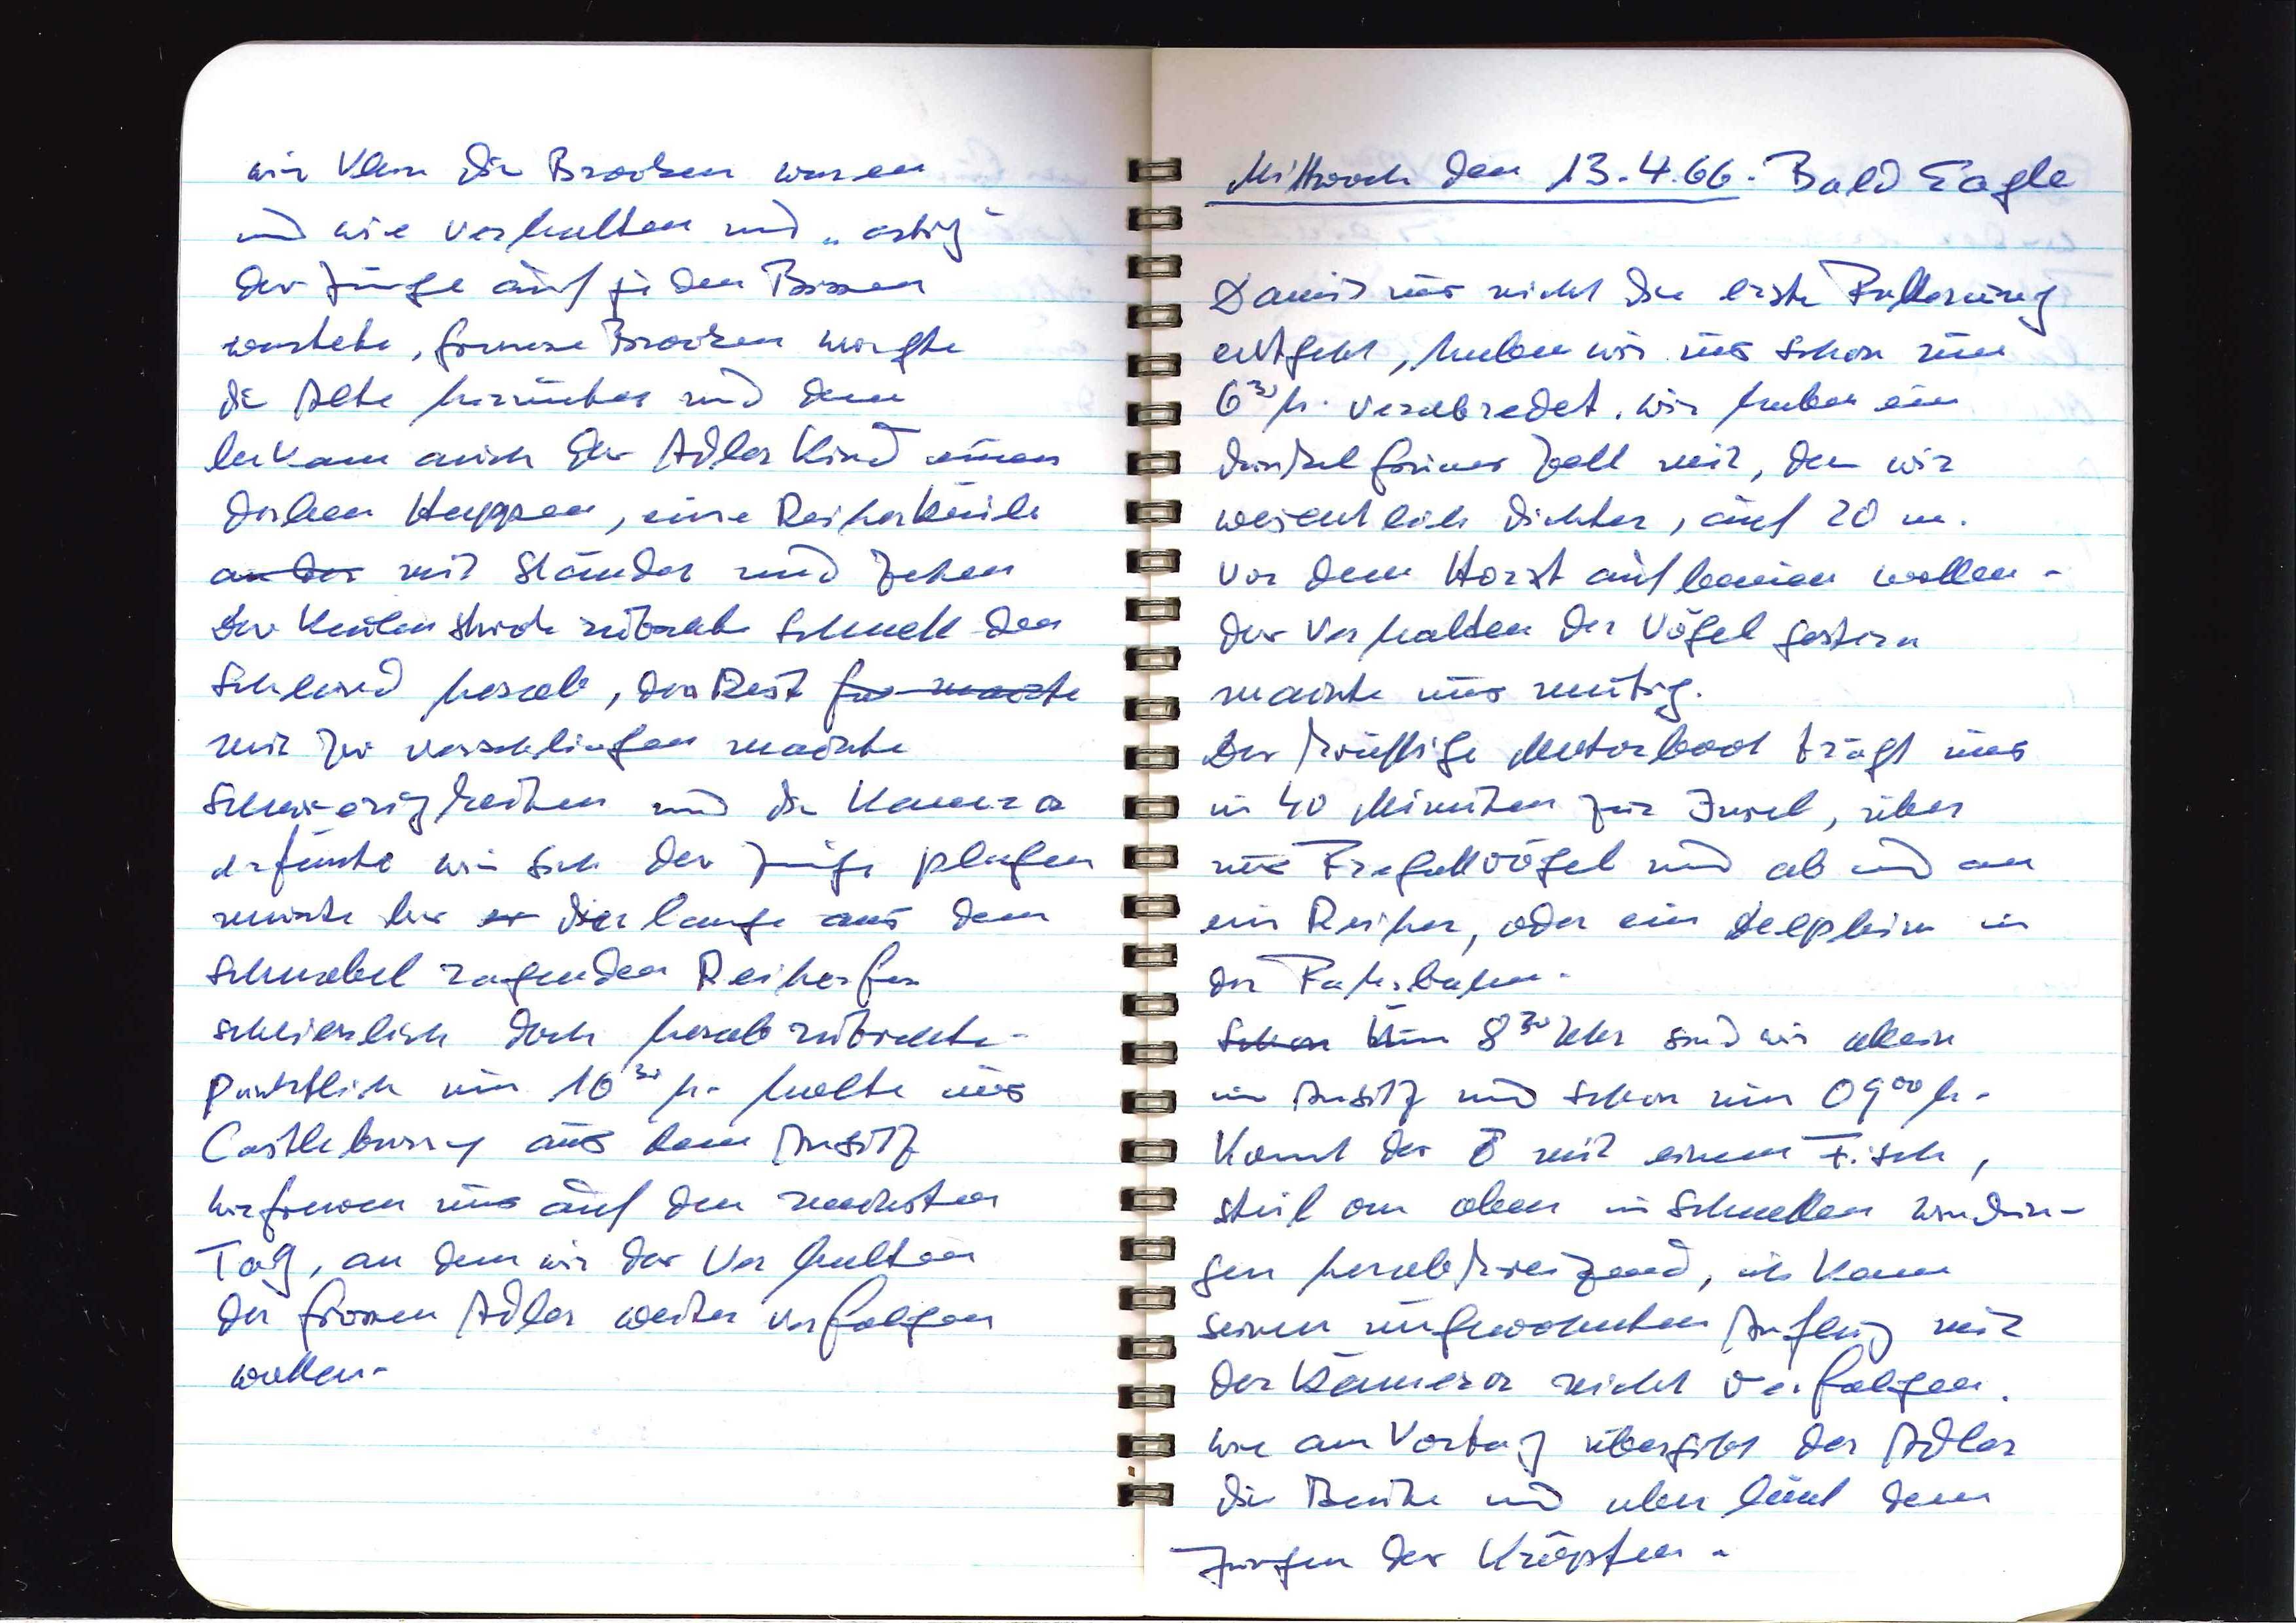
wie klein die Brocken waren
und wie verhalten und "artig"
der Junge auf die Bissen
wartete. Grosse Brocken würgte
die Alte herunter und dann
bekam auch das Adlerkind einen
dicken Happen, eine Reiherkeule
an der mit Ständer und Zehen.
Das Keulenstück rutschte schnell den
Schlund hinab, den Rest xxx machte
mit zu verschlingen machte
Schwierigkeiten und die Kamera
filmte wie sich der Junge plagen
musste bis es der lange aus dem
Schnabel ragende Reiherfuss
schliesslich doch herabrutschte —
Pünktlich um 1030 h. holte uns
Castleburry aus dem Ansitz.
Wir freuen uns auf den nächsten
Tag, an dem wir das Verhalten
der grossen Adler weiter verfolgen
wollen.

Mittwoch den 13.4.66: Bald Eagle
Damit uns nicht die erste Fütterung
entgeht, haben wir uns schon um
630 h. verabredet. Wir haben ein
dunkelgraues Zelt mit, das wir
wesentlich dichter, auf 20 m.
vor dem Horst aufbauen wollen —
das Verhalten der Vögel gestern
macht uns mutig.
Das kräftige Motorboot trägt uns
in 40 Minuten zur Insel, über
uns Fregattvögel und ab und an
ein Reiher, oder ein Delphin in
der Fahrbahn.
Schon Um 830 Uhr sind wir allein
im Ansitz und schon um 0900 h.
kommt das ♂ mit einem Fisch,
steil von oben im schnellen Windun¬
gen herabkreisend, ich kann
seinen ungewohnten Anflug mit
der Kamera nicht verfolgen.
Wie am Vortag übergibt der Adler
die Beute und überlässt dem
Jungen das Kröpfen.